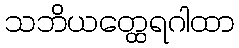
သဘိယတ္ထေရဂါထာ